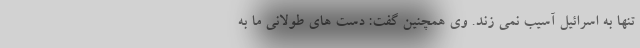
تنها به اسرائیل آسیب نمی زند. وی همچنین گفت: دست های طولانی ما به